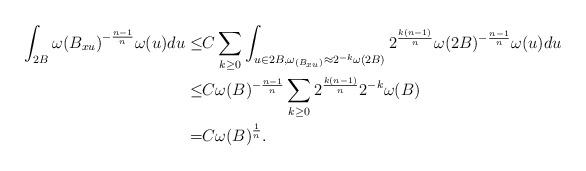
LaTeX: \begin{align*}\int_{2B}\omega{(B_{xu})}^{-\frac{n-1}{n}} \omega(u)du\leq & C \sum_{k\geq 0}\int_{u\in 2B, \omega_{(B_{xu})}\approx 2^{-k} \omega(2B)}2^{\frac{k(n-1)}{n}}\omega(2B)^{-\frac{n-1}{n}}\omega(u)du\\\leq& C \omega(B)^{-\frac{n-1}{n}}\sum_{k\geq 0} 2^{\frac{k(n-1)}{n}}2^{-k}\omega(B)\\=&C \omega(B)^{\frac{1}{n}}.\\\end{align*}